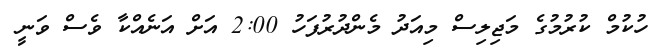
ހުކުމް ކުރުމުގެ މަޖިލިސް މިއަދު މެންދުރުފަހު 2:00 އަށް އަނެއްކާ ވެސް ވަނީ